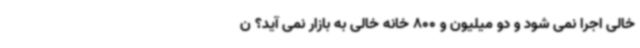
خالی اجرا نمی شود و دو میلیون و 800 خانه خالی به بازار نمی آید؟ ن